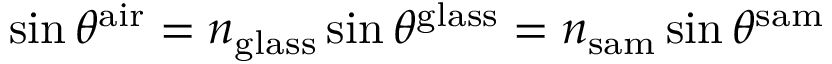
\sin \theta ^ { \mathrm { a i r } } = n _ { \mathrm { g l a s s } } \sin \theta ^ { \mathrm { g l a s s } } = n _ { \mathrm { s a m } } \sin \theta ^ { \mathrm { s a m } }